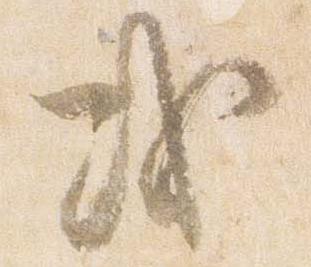
或